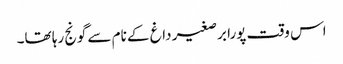
اس وقت پورا برصغیر داغ کے نام سے گونج رہا تھا۔